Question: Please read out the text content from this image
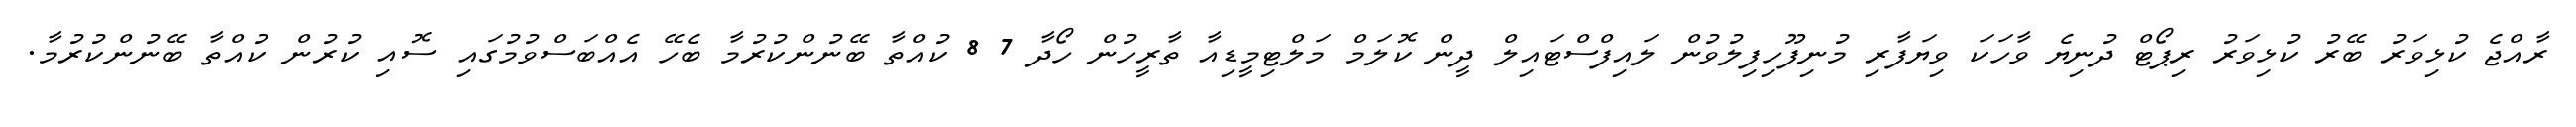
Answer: ރާއްޖެ ކުޅިވަރު ބޭރު ކުޅިވަރު ރިޕޯޓް ދުނިޔެ ވާހަކަ ވިޔަފާރި މުނިފޫހިފިލުވުން ލައިފްސްޓައިލް ދީން ކޮލަމް މަލްޓިމީޑިއާ ތާރީހުން ހޯދާ 7 8 ކުއްތާ ބޭނުންކުރުމާ ބެހޭ އެއްބަސްވުމުގައި ސޮއި ކުރުން ކުއްތާ ބޭނުންކުރުމާ.